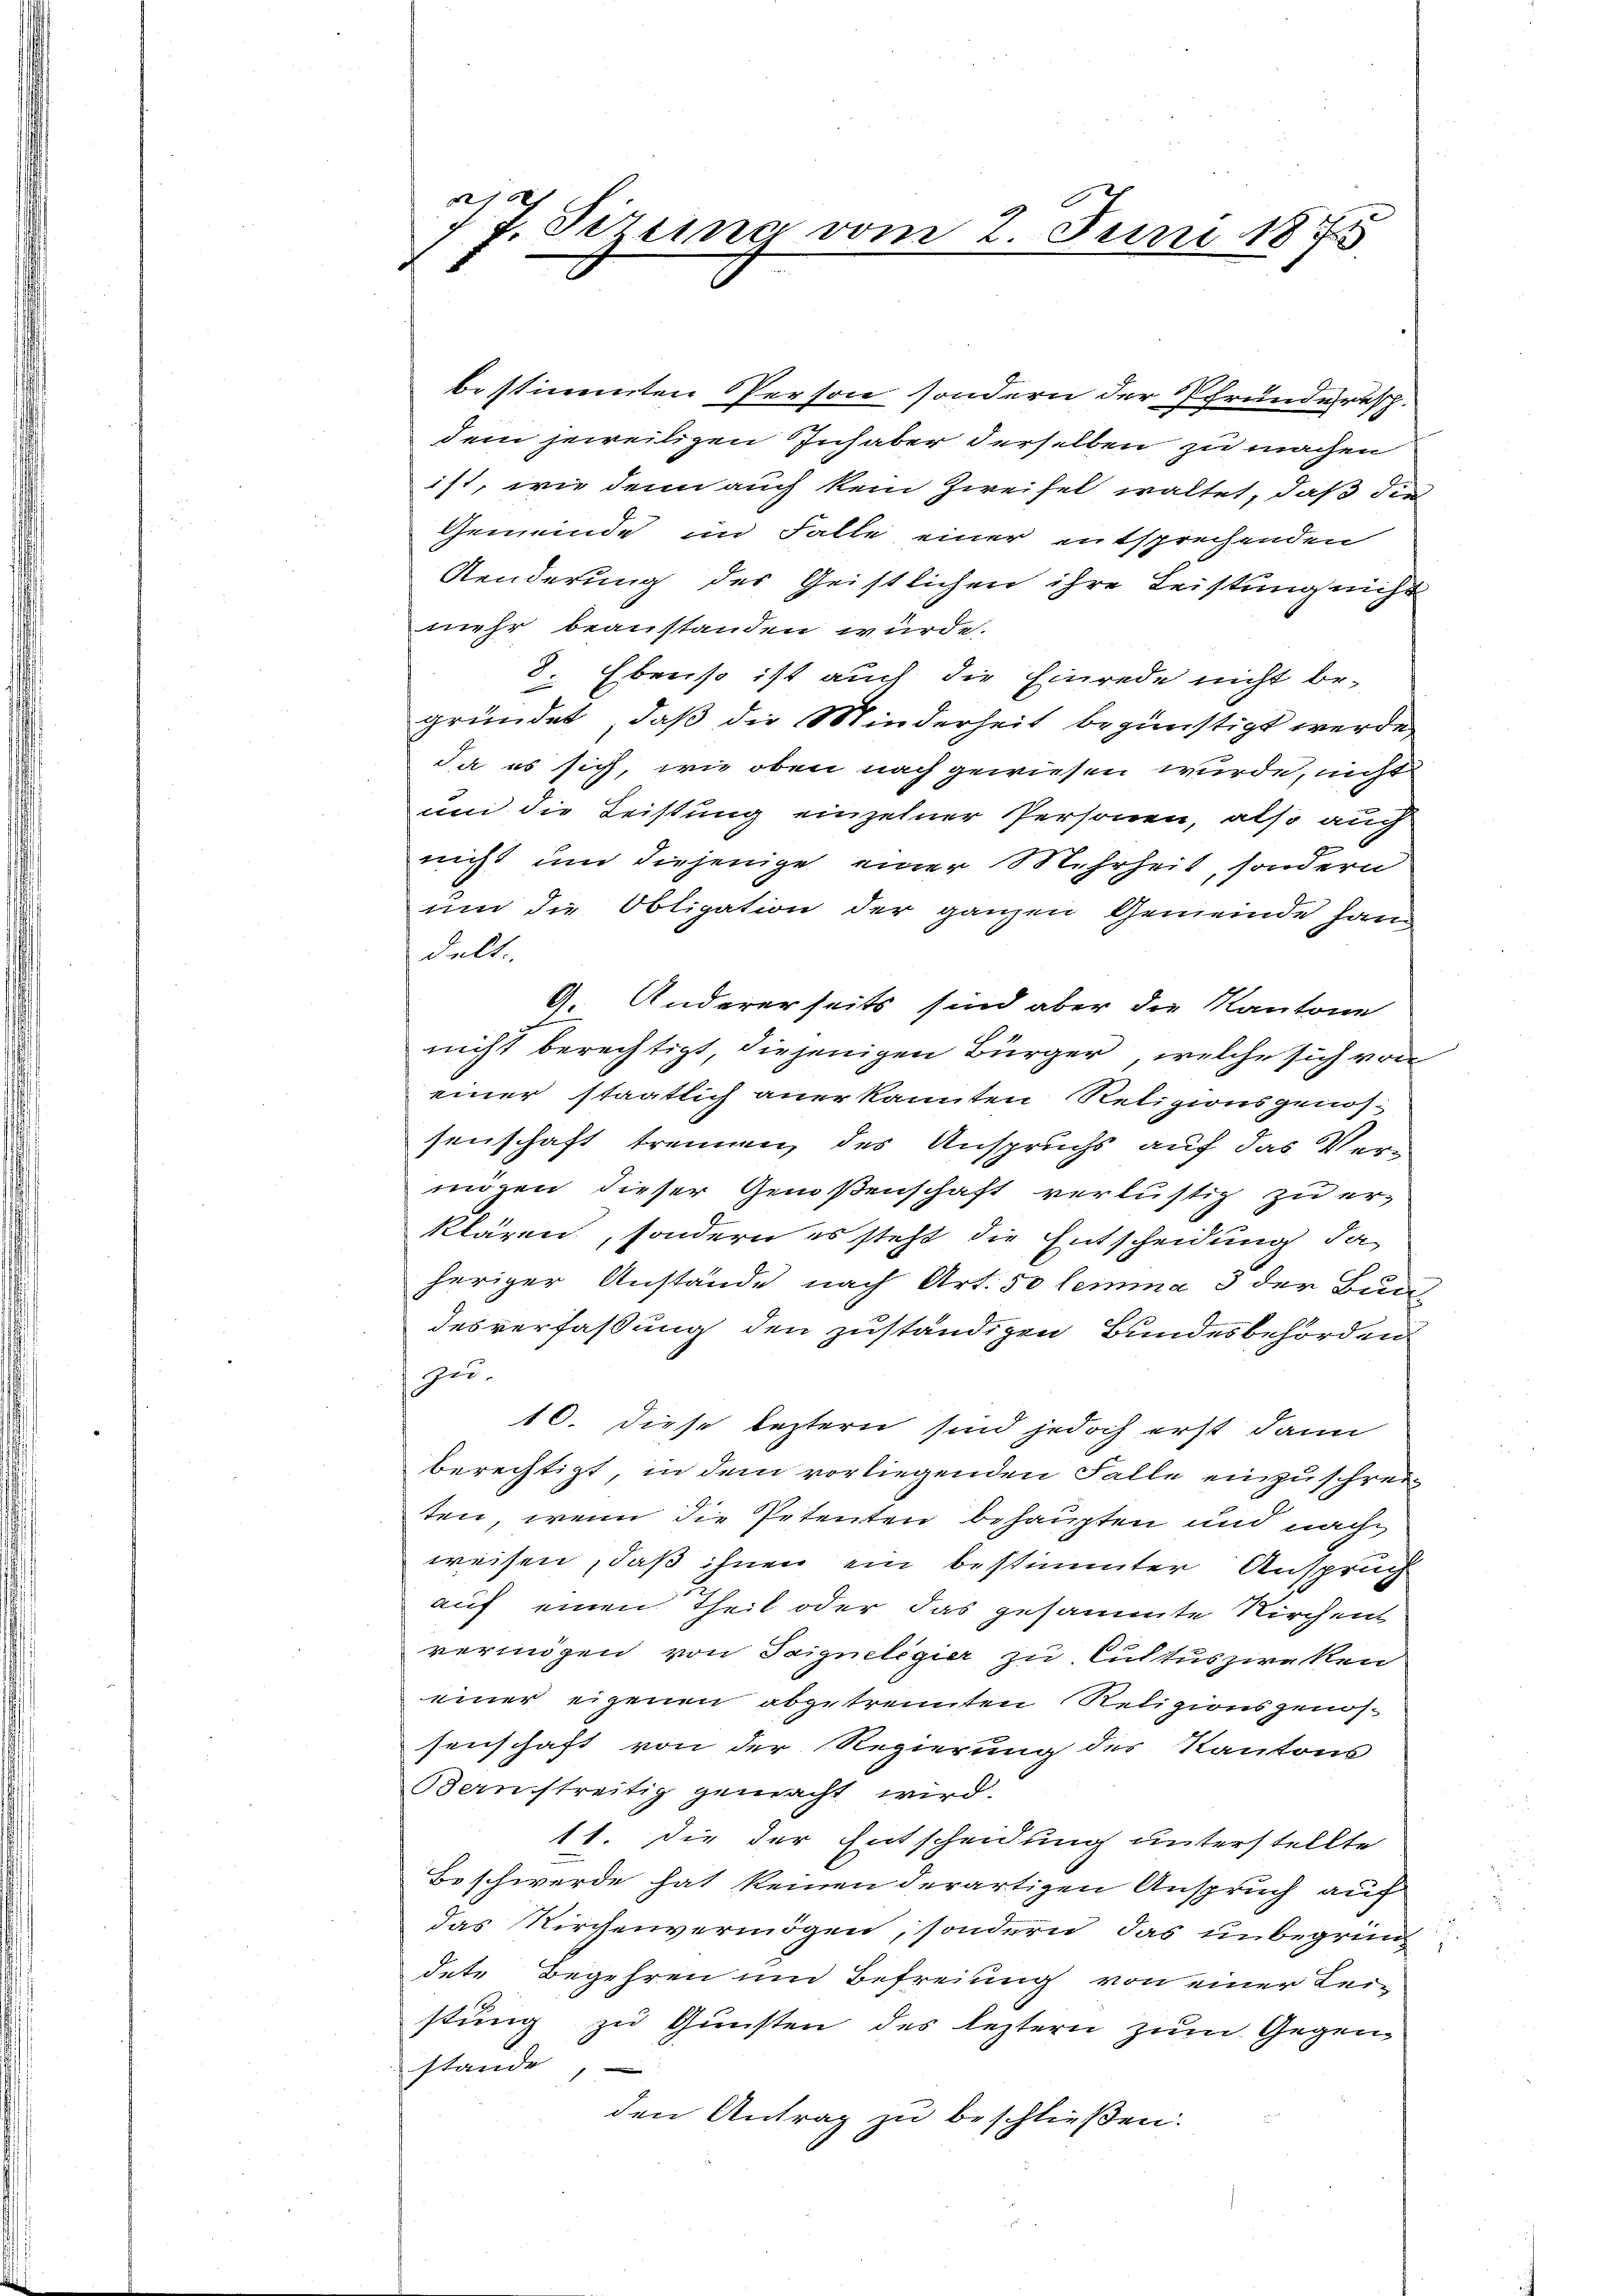
2
77. Sizung vom 2. Juni 1875

bestimmten Person sondern der Pfrunderesp.
dem jeweiligen Inhaber derselben zu machen
ist, wie denn auch kein Zweifel waltet, daß die
Gemeinde im Falle einer entsprechenden
Aenderung des Geistlichen ihre Leistung nicht
mehr beanstanden würde.
8. Ebenso ist auch die Einrede nicht begründet, daß die Minderheit begünstigt werde
da es sich, wie oben nach gewiesen wurde, nicht
um die Leistung einzelner Personen, also auch
nicht und diejenige einer Mehrheit, sondern
um die Obligation der ganzen Gemeinde han
delt.
9. Andererseits sind aber die Kantone
nicht berechtigt, diejenigen Bürger, welche sich von
einer staatlich anerkannten Retizionsgenössenschaft trennen, des Anspruchs auf das Vermögen dieser Genoßenschaft verlustig zu erklären, sondern es steht die Entscheidung, da
heriger Anstände nach Art. 50 lemma 3 der Bun
desverfaßung den zuständigen Bundesbehörden
zei¬
10. diese leztern sind jedoch erst dann
berechtigt, in dem vorliegenden Falle einzuschreiz
ten, wenn die Petenten behaupten und nachweisen, daß ihnen ein bestimmter Anspruch
auf einen Theil oder das gesammte Kirchen
vermögen von Saigneligier zu Cultuszirken
einer eigenen abgetrennten Religionsgenössenschaft von der Regierung des Kantons
Benstreitig gemacht wird.
11. Die der Entscheidung unterstellte
Beschwerde hat keinen derartigen Anspruch auf
das Kirchenvermögen, sondern, das unbegründ
dete Begehren und Befreiung von einer Lei-
stung zu Gunsten des leztern zum Gegen-
stande
den Antrag zu beschließen.